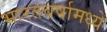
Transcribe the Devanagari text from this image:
भारतवर्षामध्ये